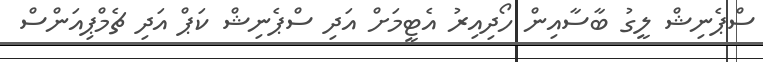
ސްޕެނިޝް ލީގު ބާސާއިން ހޯދިއިރު އެޓީމަށް އަދި ސްޕެނިޝް ކަޕް އަދި ޗެމްޕިއަންސް